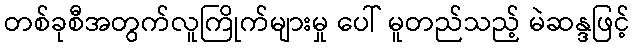
တစ်ခုစီအတွက်လူကြိုက်များမှု ပေါ် မူတည်သည့် မဲဆန္ဒဖြင့်